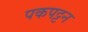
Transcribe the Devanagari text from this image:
पकपट्टन